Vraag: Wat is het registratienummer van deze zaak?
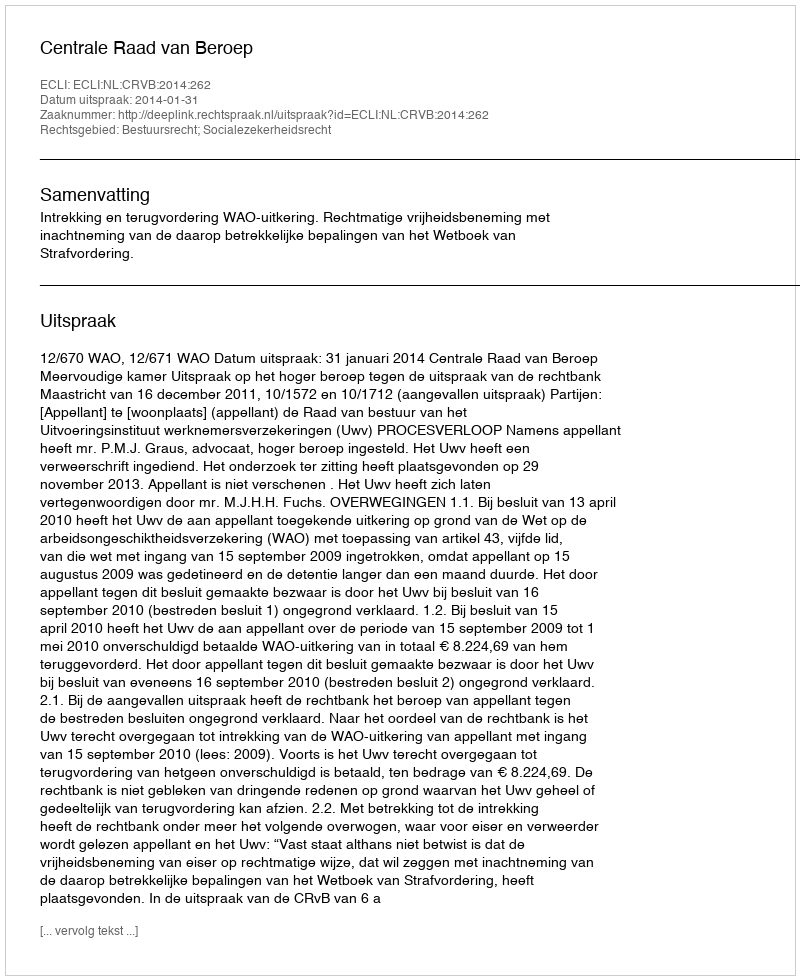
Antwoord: http://deeplink.rechtspraak.nl/uitspraak?id=ECLI:NL:CRVB:2014:262